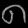
Digit: ၈